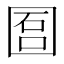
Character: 𡇱